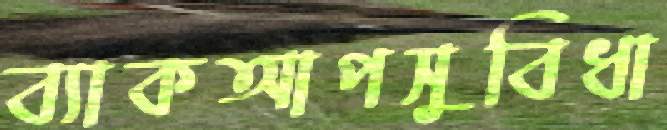
ব্যাকআপসুবিধা